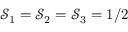
\mathcal { S } _ { 1 } = \mathcal { S } _ { 2 } = \mathcal { S } _ { 3 } = 1 / 2